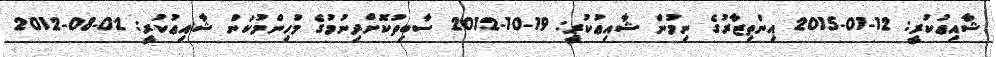
ޝާއިޢުކުރީ: 12-01-2015 އިންތިޒާރުގެ ނިމުން ޝާއިޢުކުރީ: 19-10-2012 ސާބިތުކޮށްދިނުމުގެ މުހިންމުކަން ޝާއިޢުކުރީ: 02-08-2012